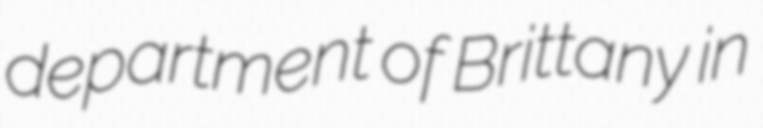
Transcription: department of Brittany in